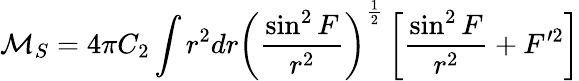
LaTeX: {\cal M}_{S}=4\pi C_{2}\int r^{2}dr\left(\frac{\sin^{2}F}{r^{2}}\right)^{\frac 12}\left[\frac{\sin^{2}F}{r^{2}}+F^{\prime 2}\right]